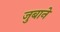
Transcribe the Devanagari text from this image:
जुबाने